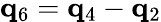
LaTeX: {\mathbf q}_{6}={\mathbf q}_{4}-{\mathbf q}_{2}